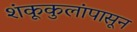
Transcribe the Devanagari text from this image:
शंकूकुलांपासून